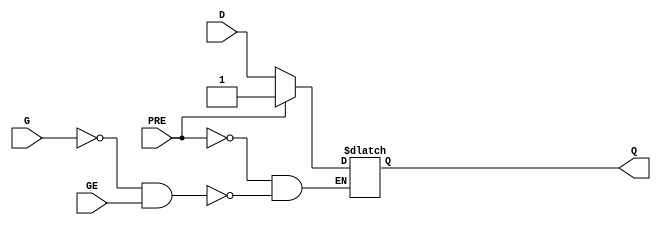
// $Header: /devl/xcs/repo/env/Databases/CAEInterfaces/xec_libs/data/unisims/LDPE_1.v,v 1.1 2005/05/10 01:20:06 wloo Exp $

/*

FUNCTION	: D-LATCH with async preset and gate enable

*/

`celldefine
`timescale  100 ps / 10 ps

module LDPE_1 (Q, D, G, GE, PRE);

    parameter INIT = 1'b1;

    output Q;
    reg    Q;

    input  D, G, GE, PRE;

	always @( PRE or D or G or GE)
	    if (PRE)
		Q <= 1;
	    else if (!G && GE)
		Q <= D;

endmodule